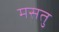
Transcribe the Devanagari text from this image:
मसतु